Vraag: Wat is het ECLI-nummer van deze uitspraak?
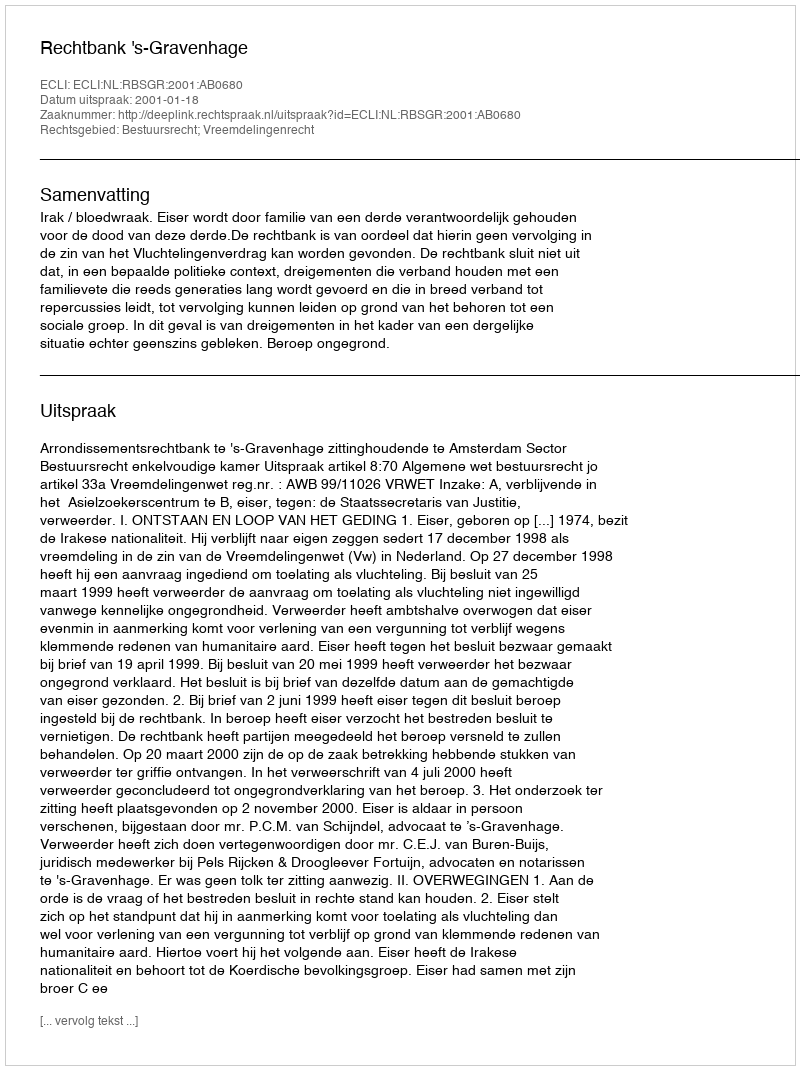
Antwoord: ECLI:NL:RBSGR:2001:AB0680